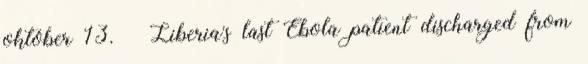
október 13. ↑ Liberia's last Ebola patient discharged from